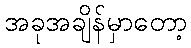
အခုအချိန်မှာတော့